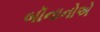
બૉનાનોએ